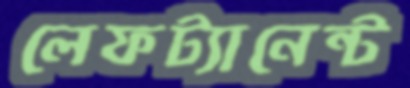
লেফট্যানেন্ট